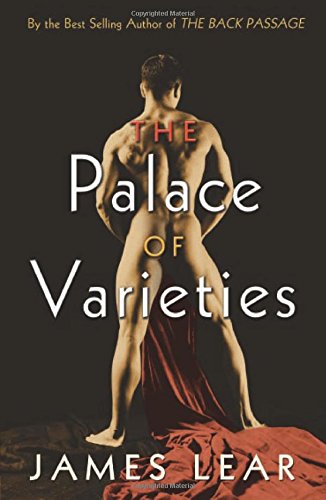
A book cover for The Palace of Varieties; James Lear; Romance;